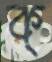
ক্